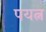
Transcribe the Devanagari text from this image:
पयत्न